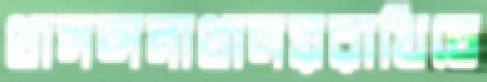
থাসঅনাথালয়রাখিতে